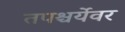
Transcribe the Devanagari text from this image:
तपश्चर्येवर